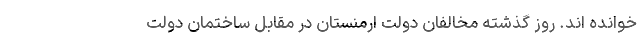
خوانده اند. روز گذشته مخالفان دولت ارمنستان در مقابل ساختمان دولت